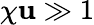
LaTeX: \chi\mathbf{u}\gg1